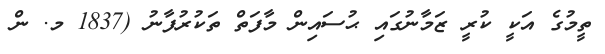
ތީމުގެ އަކީ ކުރީ ޒަމާނުގައި ޙުސައިން މާފަތް ތަކުރުފާނު (1837 މ. ން